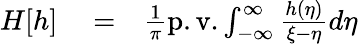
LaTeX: \begin{array}{rlr}{H[h]}&{{}=}&{\frac{1}{\pi}\mathrm{p.v.}\int_{-\infty}^{\infty}\frac{h(\eta)}{\xi-\eta}d\eta}\end{array}